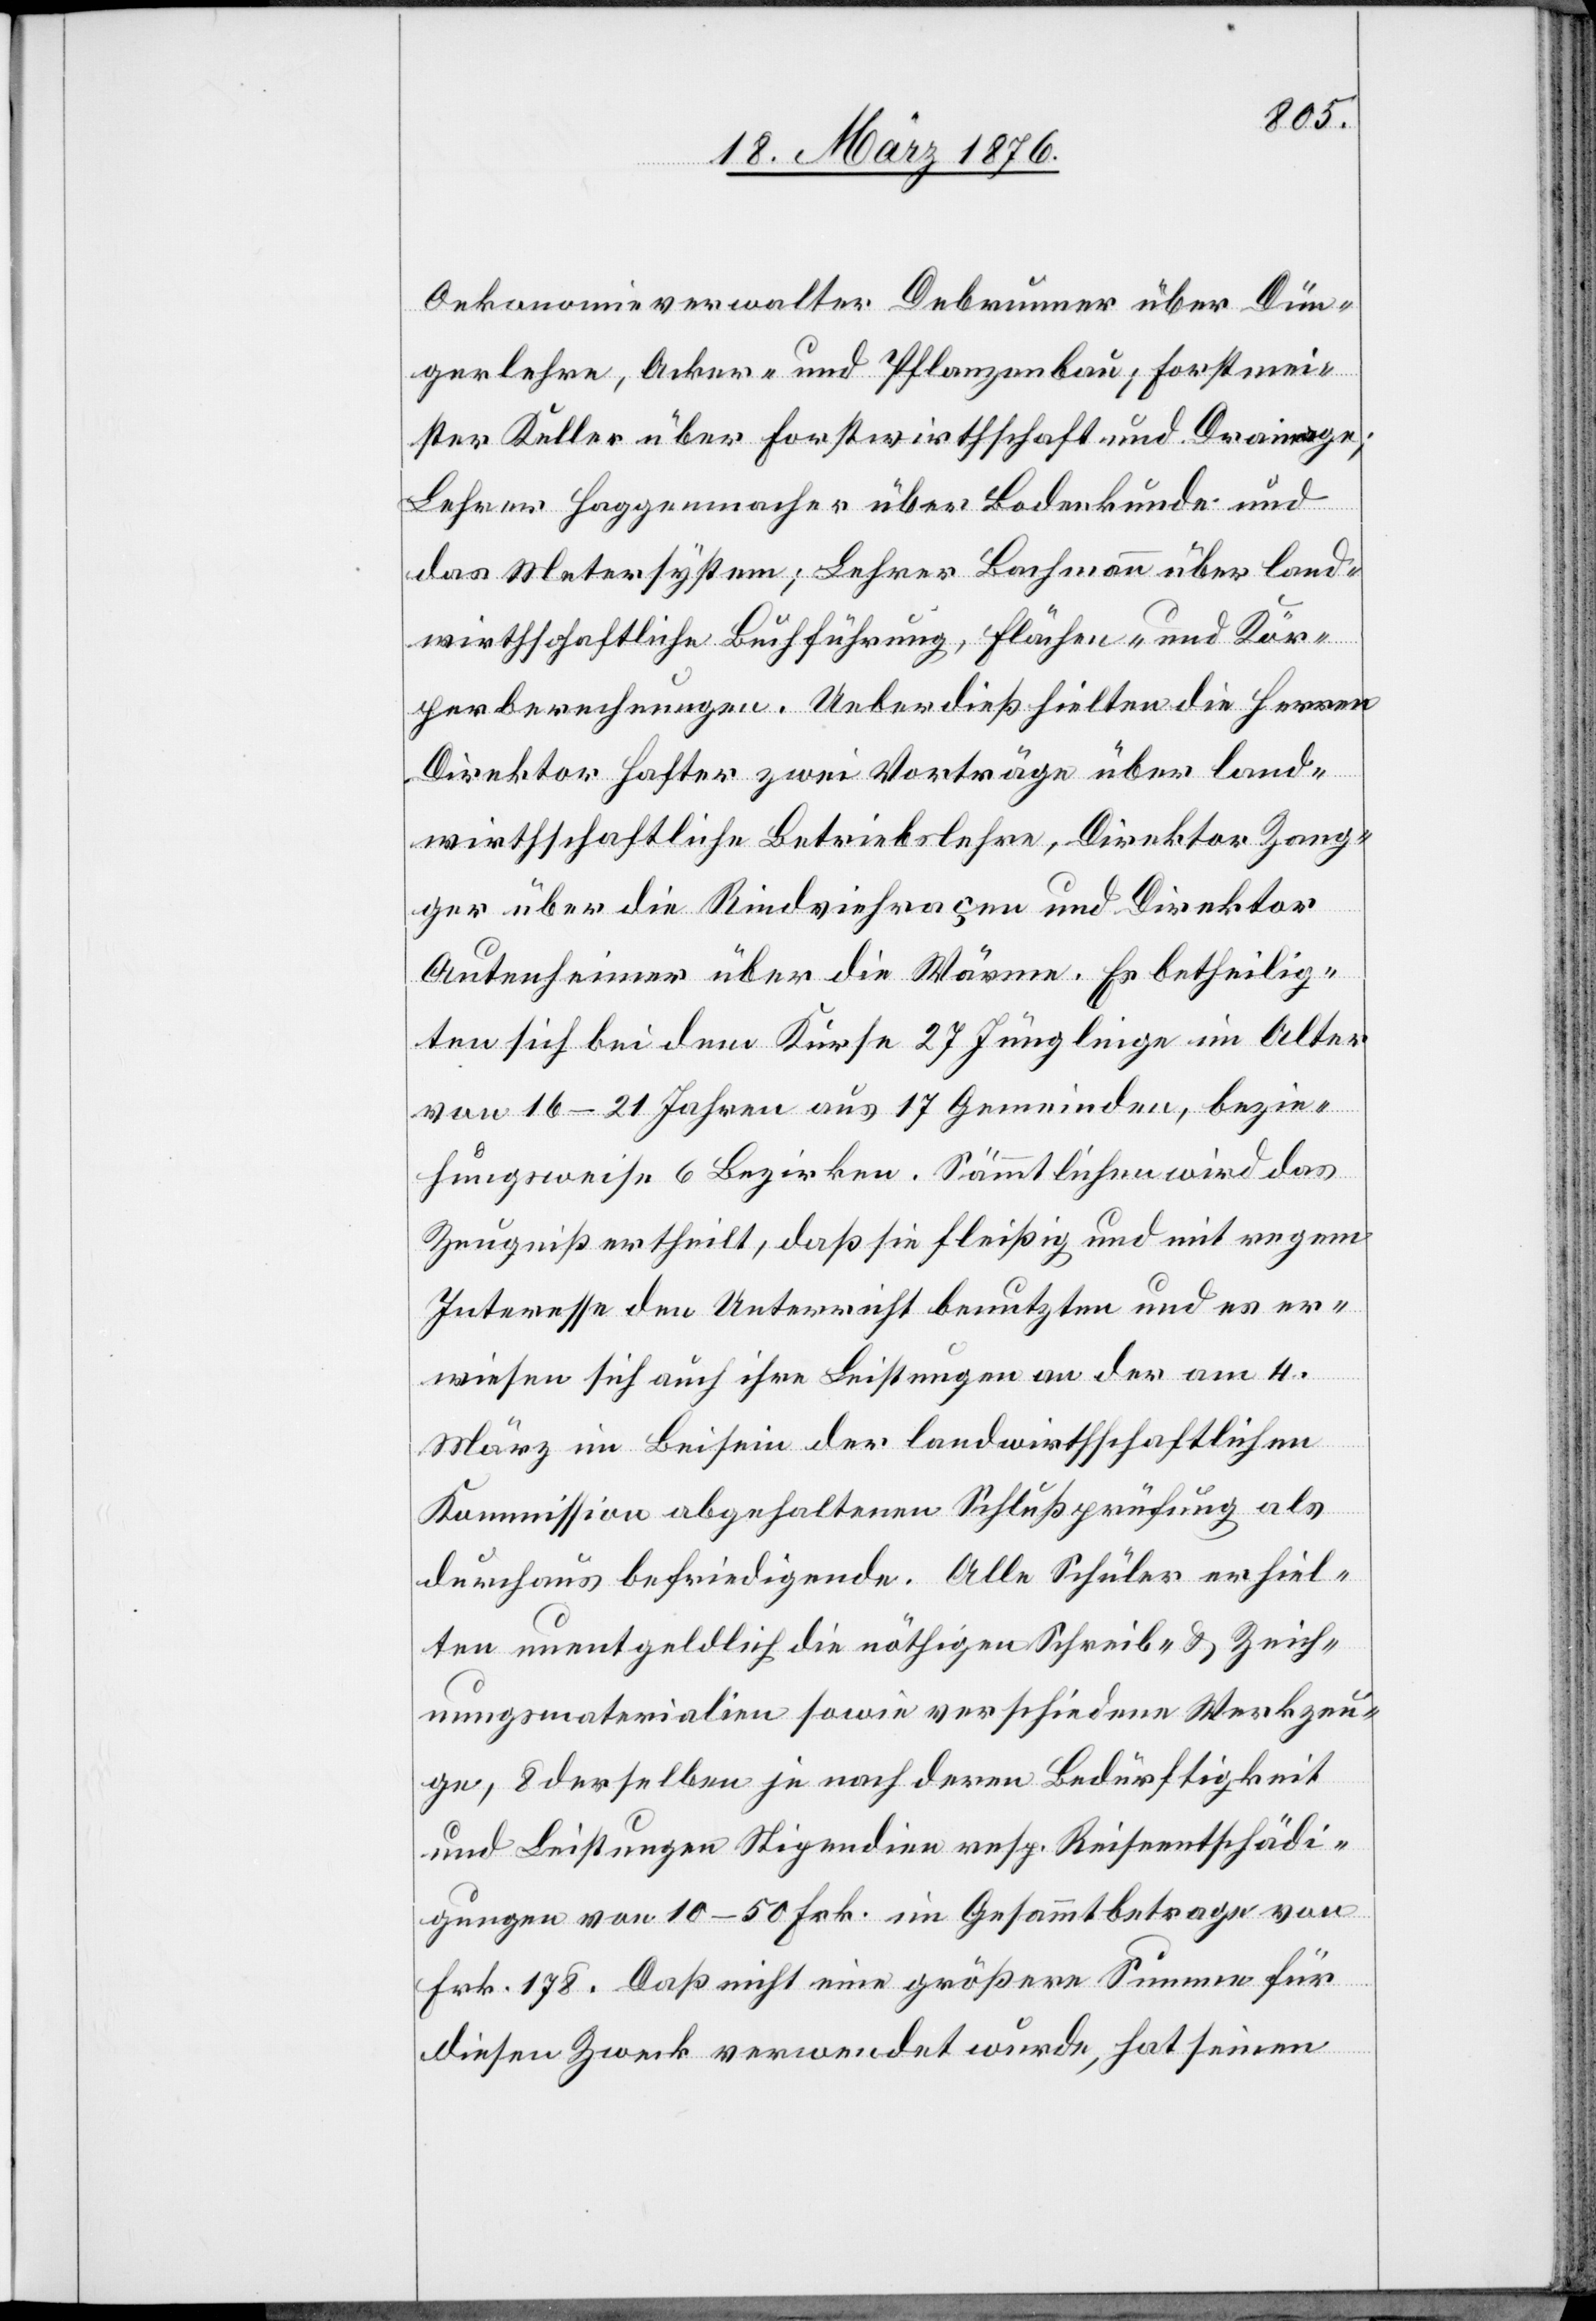
Oekonomieverwalter Debrunner über Dün¬
gerlehre, Acker- und Pflanzenbau; Forstmei¬
ster Keller über Forstwirthschaft und Drainagen;
Lehrer Haggenmacher über Bodenkunde und
das Metersystem; Lehrer Bachmann über land¬
wirthschaftliche Buchführung, Fläche- und Kör¬
perberechnungen. Ueber dieß hielten die Herren
Direktor Halter zwei Vorträge über land¬
wirthschaftliche Betriebslehre, Direktor Zang¬
ger über die Rindviehraçen und Direktor
Autenheimer über die Wärme. Es betheilig¬
ten sich bei dem Kurse 27 Jünglinge im Alter
von 16–21 Jahren aus 17 Gemeinden, bezie¬
hungsweise 6 Bezirken. Sämmtlichen wird das
Zeugniß ertheilt, daß sie fleißig und mit regem
Interesse den Unterricht benutzten und es er¬
wiesen sich auch ihre Leistungen an der am 4.
März im Beisein der landwirthschaftlichen
Kommission abgehaltenen Schlußprüfung als
durchaus befriedigende. Alle Schüler erhiel¬
ten unentgeldlich die nöthigen Schreib- & Zeich¬
nungsmaterialien sowie verschiedene Werkzeu¬
ge, 8 derselben je nach deren Bedürftigkeit
und Leistungen Stipendien resp. Reiseentschädi¬
gungen von 10–50 Frk. im Gesammtbetrage von
Frk. 178. Daß nicht eine größere Summe für
diesen Zweck verwendet wurde, hat seinen